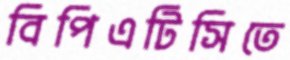
বিপিএটিসিতে